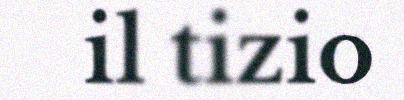
il tizio